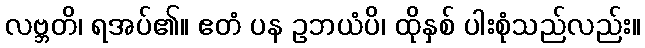
လဗ္ဘတိ၊ ရအပ်၏။ ဧတံ ပန ဥဘယံပိ၊ ထိုနှစ် ပါးစုံသည်လည်း။